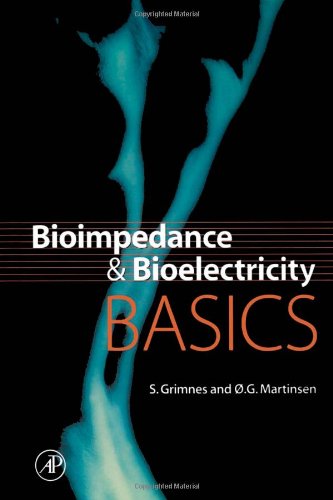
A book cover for Bioimpedance and Bioelectricity Basics (Biomedical Engineering); S. Grimnes; Science & Math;